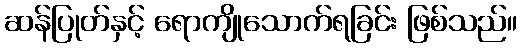
ဆန်ပြုတ်နှင့် ရောကျိုသောက်ရခြင်း ဖြစ်သည်။